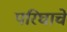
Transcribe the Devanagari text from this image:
परिघाचे